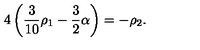
4 \left( { \frac { 3 } { 1 0 } } \rho _ { 1 } - { \frac { 3 } { 2 } } \alpha \right) = - \rho _ { 2 } .